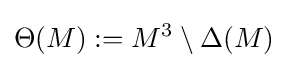
\Theta (M):=M^{3}\setminus \Delta (M)